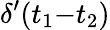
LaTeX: \delta^{\prime}(t_{1}{-}t_{2})